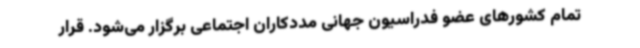
تمام کشورهای عضو فدراسیون جهانی مددکاران اجتماعی برگزار می‌شود. قرار